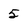
Character: 5